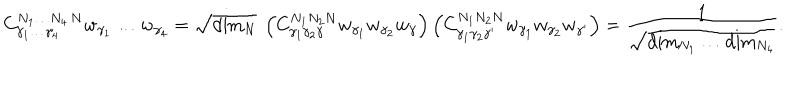
{ C } _ { \gamma _ { 1 } \ldots \gamma _ { 4 } } ^ { N _ { 1 } \ldots N _ { 4 } \, N } w _ { \gamma _ { 1 } } \ldots w _ { \gamma _ { 4 } } = \sqrt { \mathrm { d i m } _ { N } } \ \left( { C } _ { \gamma _ { 1 } \gamma _ { 2 } \gamma } ^ { N _ { 1 } N _ { 2 } N } w _ { \gamma _ { 1 } } w _ { \gamma _ { 2 } } w _ { \gamma } \right) \left( { C } _ { \gamma _ { 1 } \gamma _ { 2 } \gamma ^ { \prime } } ^ { N _ { 1 } N _ { 2 } N } w _ { \gamma _ { 1 } } w _ { \gamma _ { 2 } } w _ { \gamma ^ { \prime } } \right) = { \frac { 1 } { \sqrt { \mathrm { d i m } _ { N _ { 1 } } \ldots \mathrm { d i m } _ { N _ { 4 } } } } } .